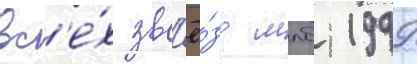
вс'е́х зв'ё́зд млб 1999